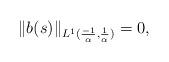
LaTeX: \begin{align*}\|b(s)\|_{L^1(\frac{-1}\alpha,\frac 1\alpha)}=0,\end{align*}